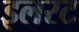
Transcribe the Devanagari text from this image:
इलरट